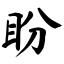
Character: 盼